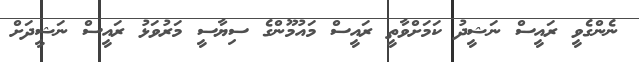
ނެންގެވީ ރައީސް ނަޝީދު ކަމަށްވާތީ ރައީސް މައުމޫންގެ ސިޔާސީ މަރުވަޅު ރައީސް ނަޝީދަށް